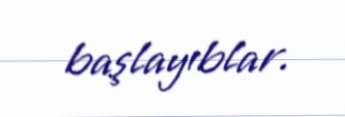
başlayıblar.